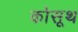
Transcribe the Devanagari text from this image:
कोसूथ